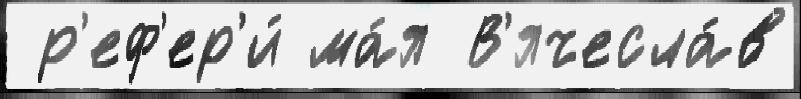
 р'еф'ер'и́ ма́я В'ячесла́в